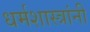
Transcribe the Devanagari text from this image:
धर्मशास्त्रांनी